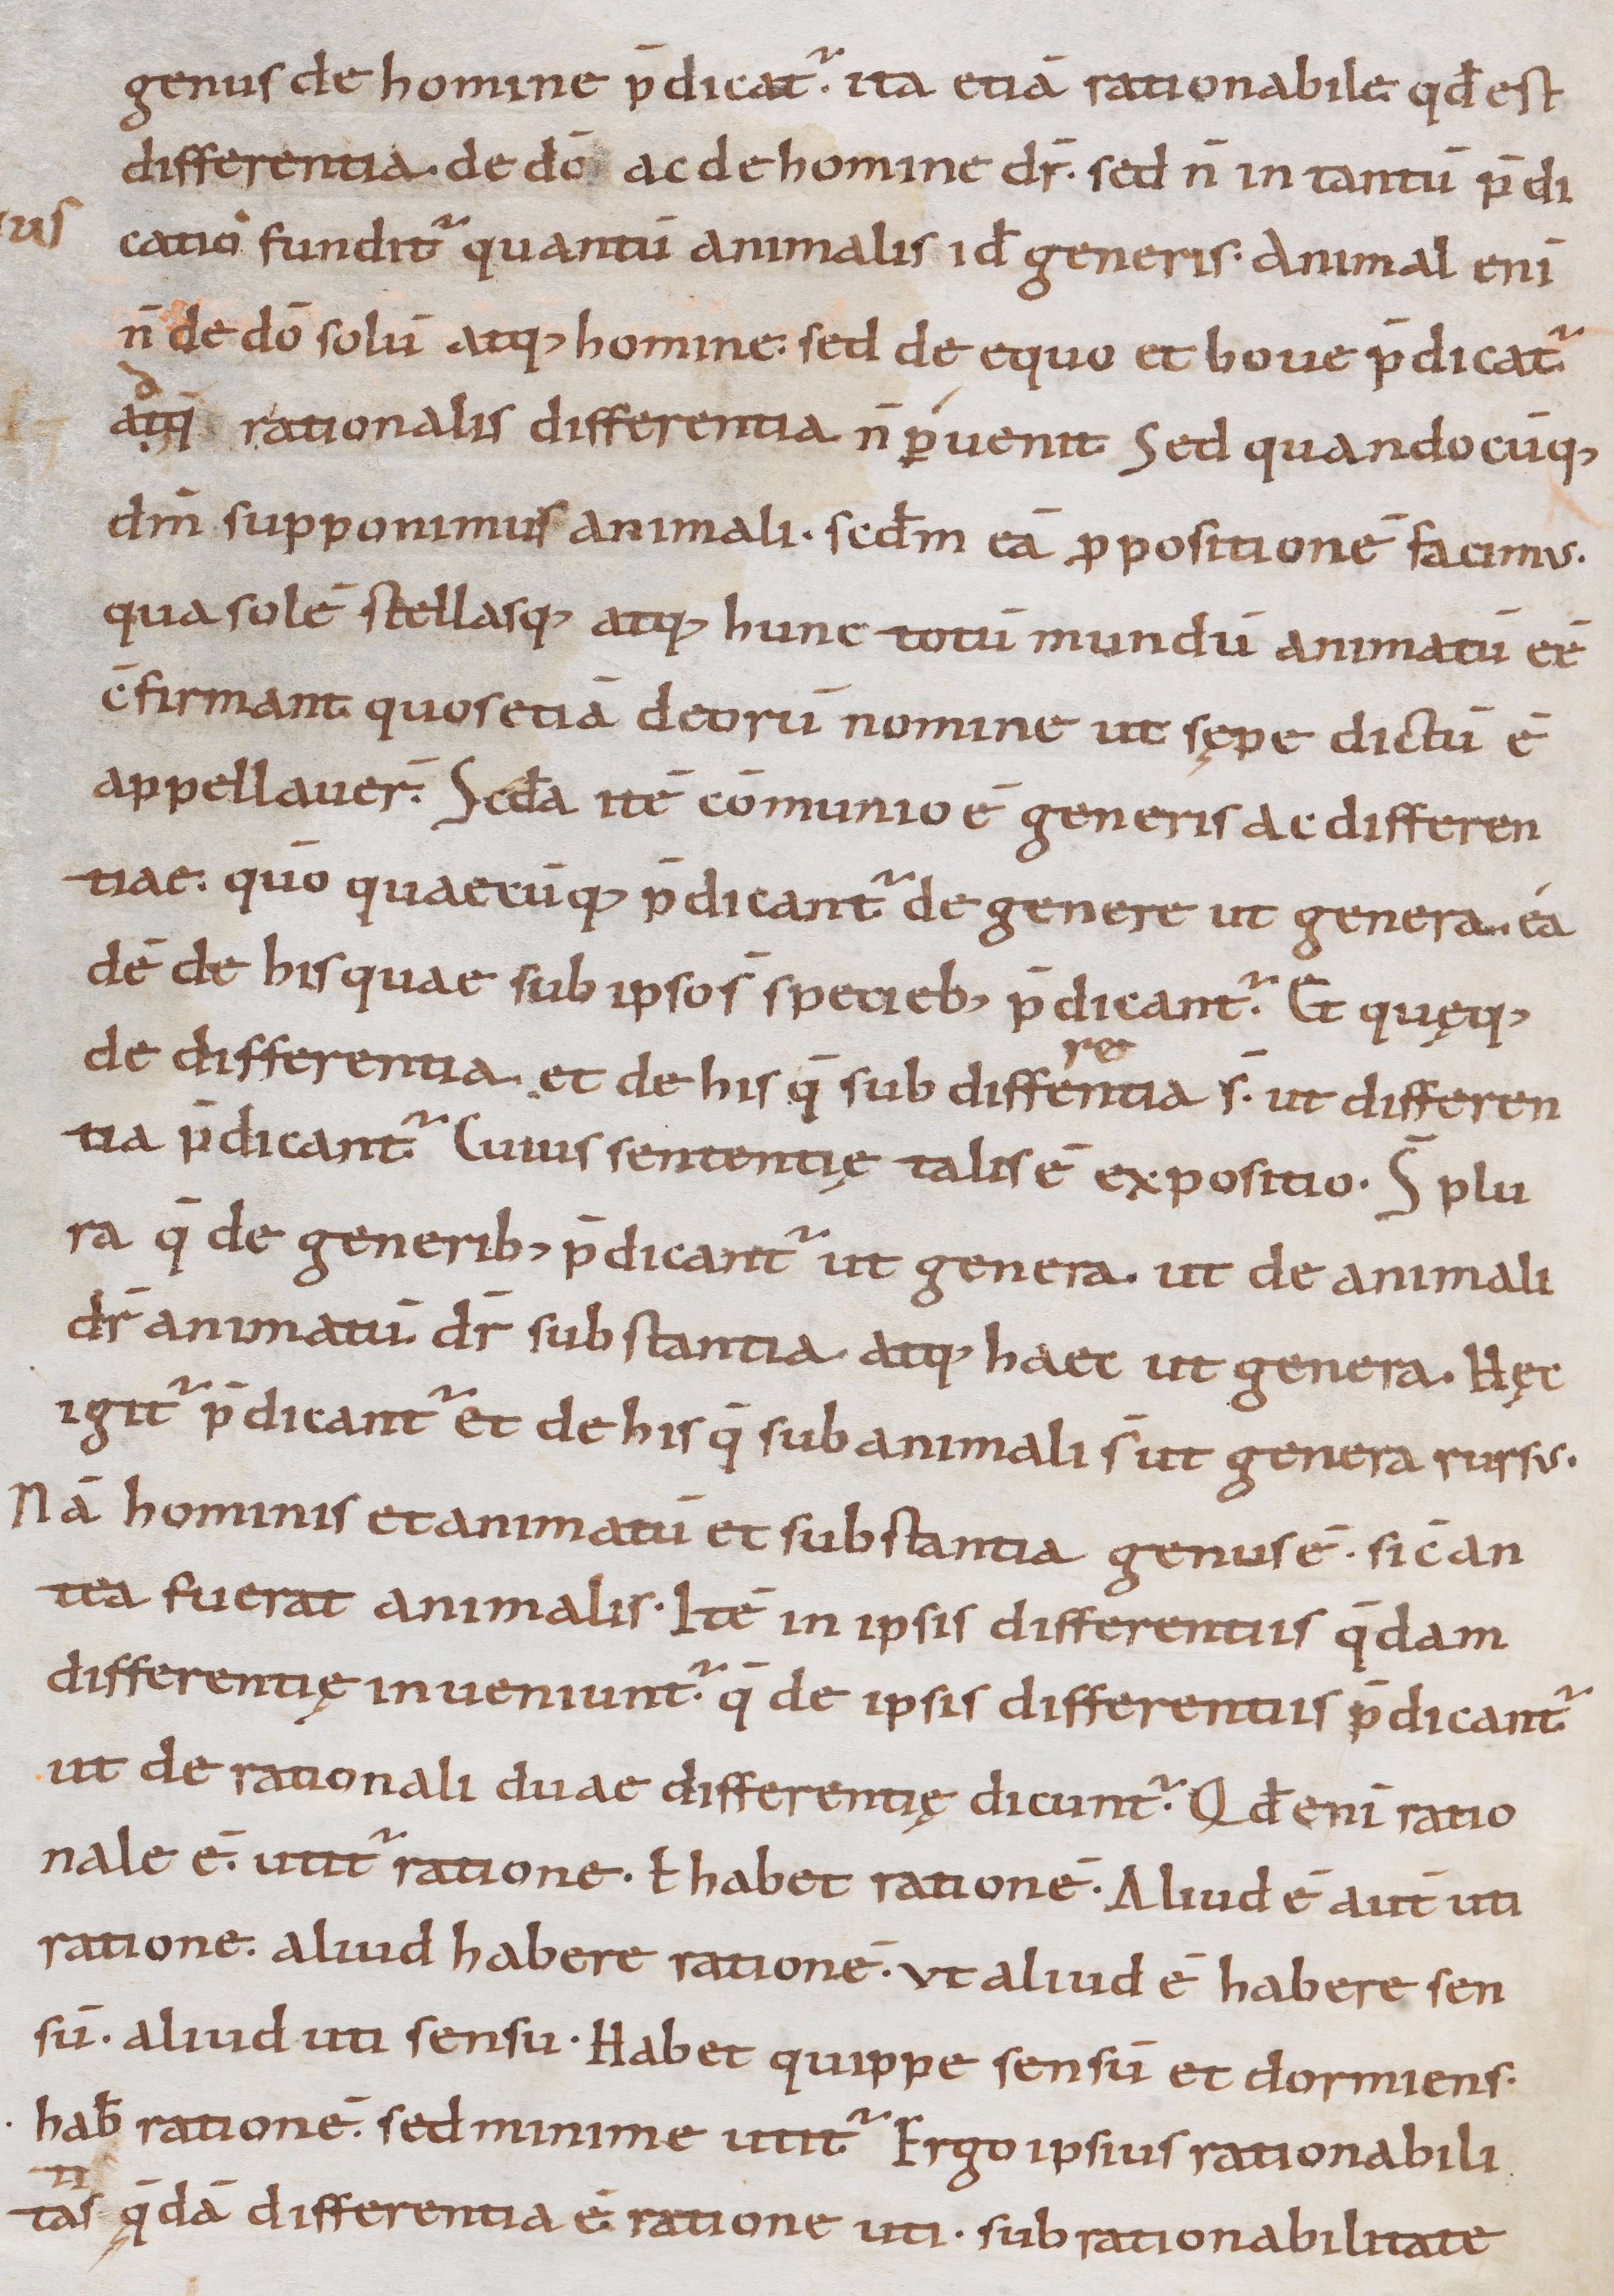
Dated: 900–999